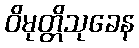
ဝိမုတ္တိသုခေန